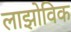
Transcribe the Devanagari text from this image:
लाझोविक